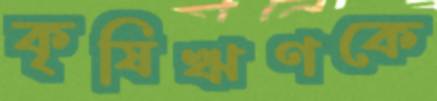
কৃষিঋণকে